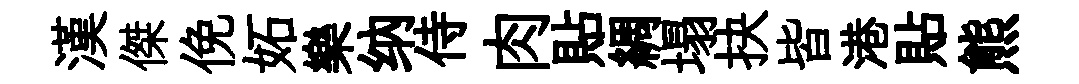
漢傑俛妬樂纳侍肉貼綢塌抉皆港貼熊